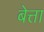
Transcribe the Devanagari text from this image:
बेत्ता